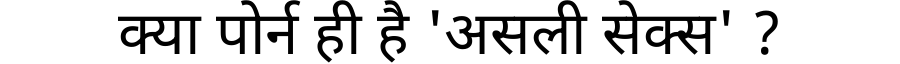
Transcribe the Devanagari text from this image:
क्या पोर्न ही है 'असली सेक्स' ?